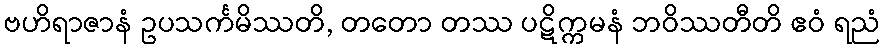
ဗဟိရာဇာနံ ဥပသင်္ကမိဿတိ, တတော တဿ ပဋိက္ကမနံ ဘဝိဿတီတိ ဧဝံ ရညံ